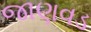
જાણવડ